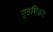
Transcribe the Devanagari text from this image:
गृहशिक्षक